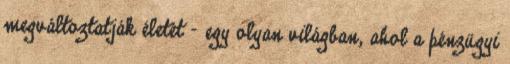
megváltoztatják életét – egy olyan világban, ahol a pénzügyi